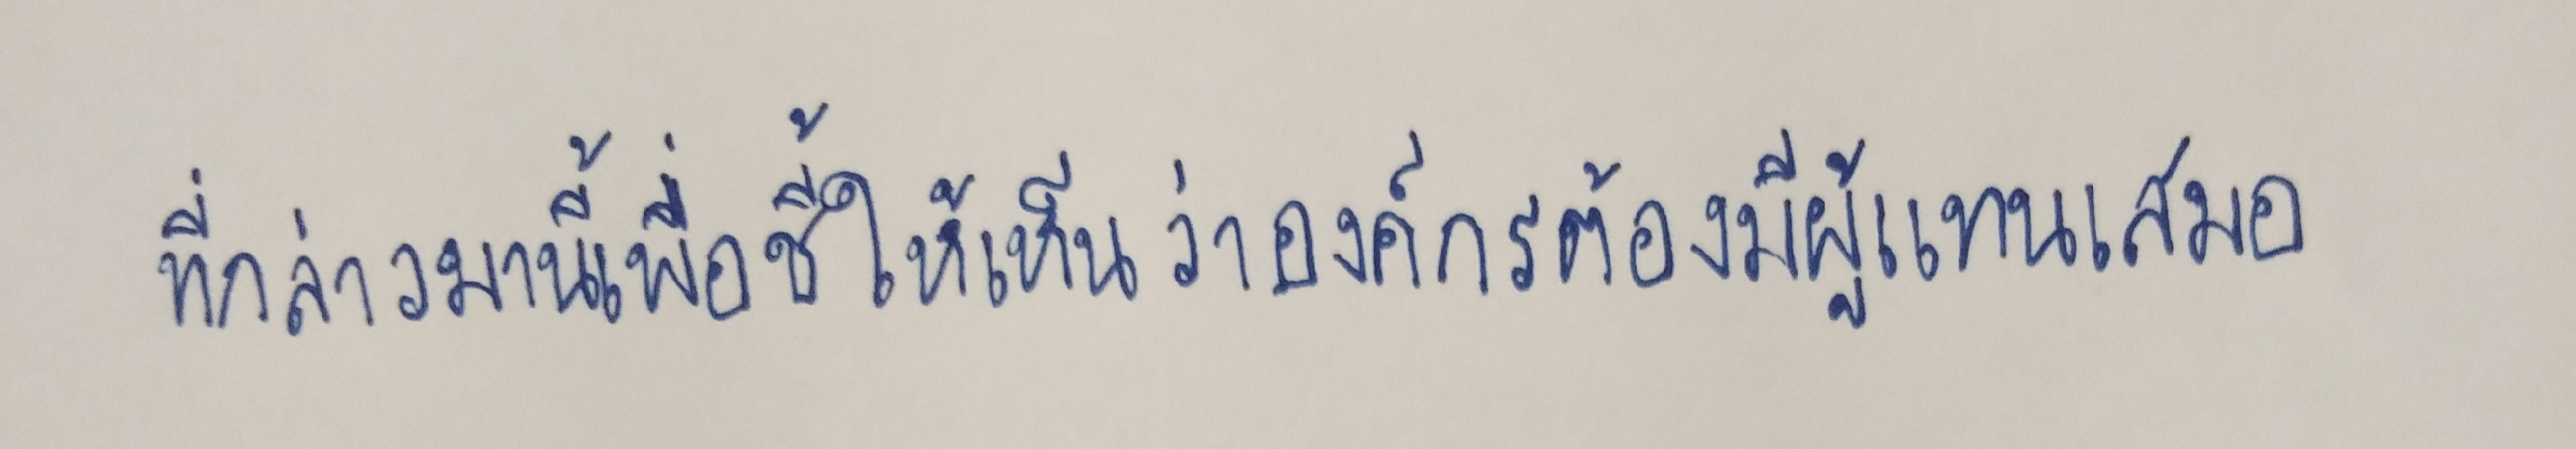
ที่กล่าวมานี้ก็เพื่อชี้ให้เห็นว่าองค์กรต้องมีผู้แทนเสมอ